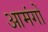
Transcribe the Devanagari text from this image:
आमंगों